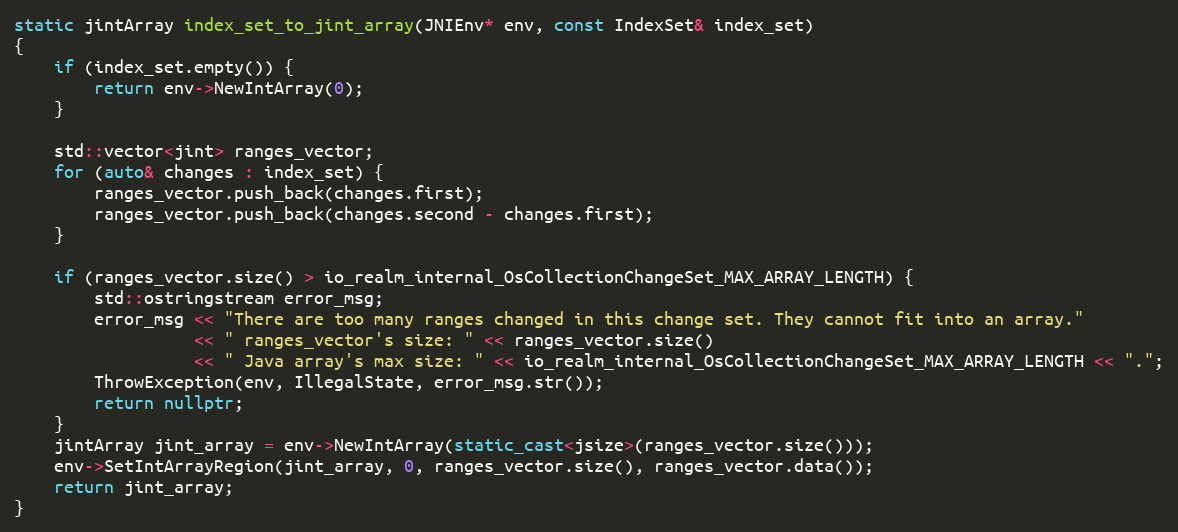
Language: C++
static jintArray index_set_to_jint_array(JNIEnv* env, const IndexSet& index_set)
{
    if (index_set.empty()) {
        return env->NewIntArray(0);
    }

    std::vector<jint> ranges_vector;
    for (auto& changes : index_set) {
        ranges_vector.push_back(changes.first);
        ranges_vector.push_back(changes.second - changes.first);
    }

    if (ranges_vector.size() > io_realm_internal_OsCollectionChangeSet_MAX_ARRAY_LENGTH) {
        std::ostringstream error_msg;
        error_msg << "There are too many ranges changed in this change set. They cannot fit into an array."
                  << " ranges_vector's size: " << ranges_vector.size()
                  << " Java array's max size: " << io_realm_internal_OsCollectionChangeSet_MAX_ARRAY_LENGTH << ".";
        ThrowException(env, IllegalState, error_msg.str());
        return nullptr;
    }
    jintArray jint_array = env->NewIntArray(static_cast<jsize>(ranges_vector.size()));
    env->SetIntArrayRegion(jint_array, 0, ranges_vector.size(), ranges_vector.data());
    return jint_array;
}